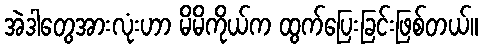
အဲဒါတွေအားလုံးဟာ မိမိကိုယ်က ထွက်ပြေးခြင်းဖြစ်တယ်။